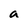
Character: a